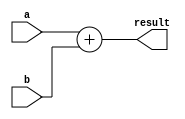
// This program was cloned from: https://github.com/sep-81/Computer-Architecture-Course-Projects
// License: MIT License

module Adder (
    a,
    b,
    result
);
  parameter word_len = 32;

  input [word_len - 1 : 0] a, b;

  output [word_len - 1 : 0] result;

  assign result = a + b;
endmodule